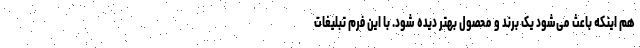
هم اینکه باعث می‌شود یک برند و محصول بهتر دیده شود. با این فرم تبلیغات